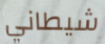
شيطاني